Leaving Certificate Examination (including Day School Certificate (Higher) General paper), 1932
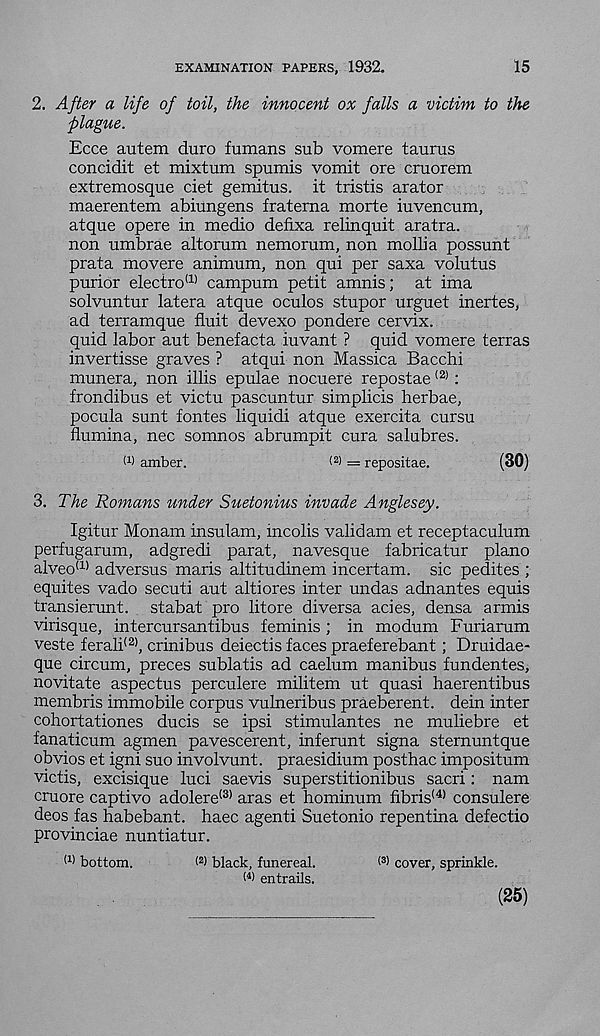
EXAMINATION PAPERS, 1932,
15
2. After a life of toil, the innocent ox falls a victim to the
plague.
Ecce autem duro fumans sub vomere taurus
concidit et mixtum spumis vomit ore cruorem
extremosque ciet gemitus. it tristis arator
maerentem abiungens fraterna morte iuvencum,
atque opere in medio defixa relinquit aratra.
non umbrae altorum nemorum, non mollia possunt
prata movere animum, non qui per saxa volutus
purior electro (1) campum petit amnis; at ima
solvuntur latera atque oculos stupor urguet inertes,
ad terramque fluit devexo pondere cervix,
quid labor aut benefacta iuvant ? quid vomere terras
invertisse graves ? atqui non Massica Bacchi
munera, non illis epulae nocuere repostae (2) :
frondibus et victu pascuntur simplicis herbae,
pocula sunt fontes liquidi atque exercita cursu
flumina, nec somnos abrumpit cura salubres.
W amber.
< 2 > = repositae.
(30)
3. The Romans under Suetonius invade Anglesey.
Igitur Monam insulam, incolis validam et receptaculum
perfugarum, adgredi parat, navesque fabricatur piano
alveo (1) adversus maris altitudinem incertam. sic pedites ;
equites vado secuti aut altiores inter undas adnantes equis
transierunt. stabat pro litore diversa acies, densa armis
virisque, intercursantibus feminis ; in modum Furiarum
veste ferali (2) , crinibus deiectis faces praeferebant; Druidae-
que circum, preces sublatis ad caelum manibus fundentes,
novitate aspectus perculere militem ut quasi haerentibus
membris immobile corpus vulneribus praeberent. dein inter
cohortationes ducis se ipsi stimulantes ne muliebre et
fanaticum agmen pavescerent, inferunt signa sternuntque
obvios et igni suo involvunt. praesidium posthac impositum
victis, excisique luci saevis superstitionibus sacri: nam
cruore captivo adolere (3) aras et hominum fibris 141 consulere
decs fas habebant. haec agenti Suetonio repentina defectio
provinciae nuntiatur.
(1) bottom.
< 2 ) black, funereal.
( 3 > cover, sprinkle.
W entrails.
(25)